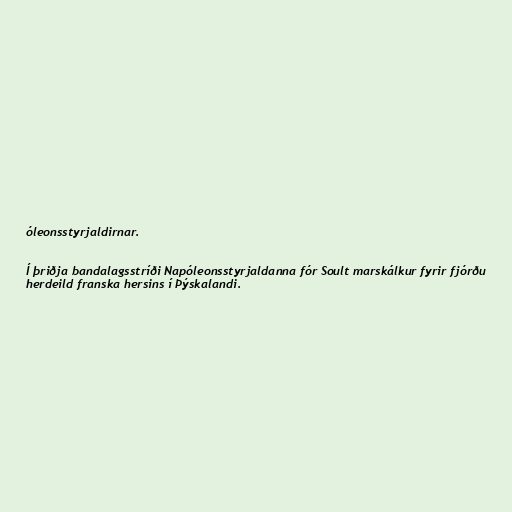
óleonsstyrjaldirnar.

Í þriðja bandalagsstríði Napóleonsstyrjaldanna fór Soult marskálkur fyrir fjórðu
herdeild franska hersins í Þýskalandi.